Annual report of the Punjab Veterinary College and of the Civil Veterinary Department, Punjab - 1894-1908
Year: 1894
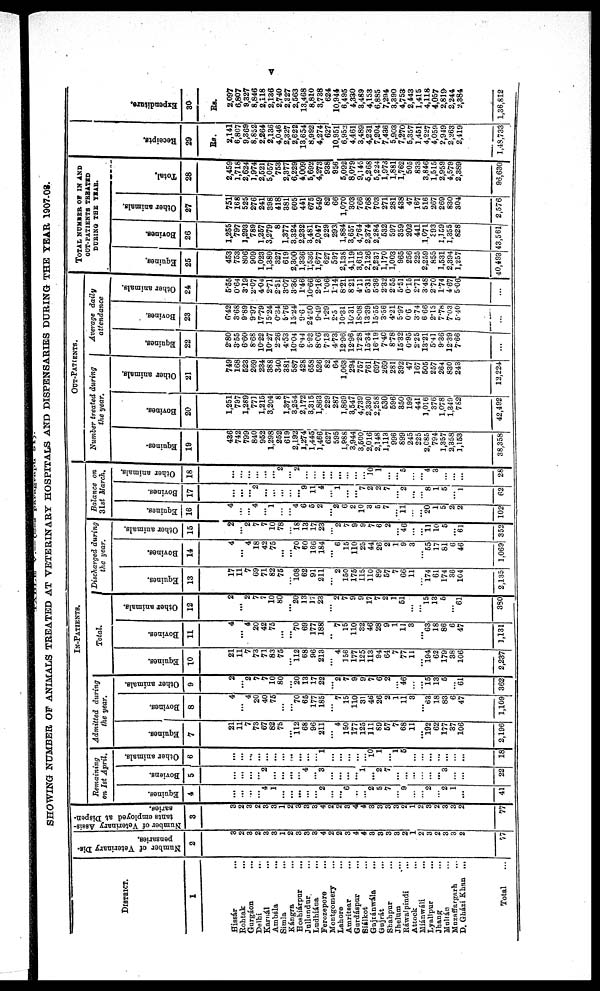
v
SHOWING NUMBER OF ANIMALS TREATED AT VETERINARY HOSPITALS AND DISPENSARIES DURING THE YEAR 1907-08.
DlSTRICT.
1
Hissár ...
Rohtak
...
Gurgáon ...
Delhi ...
Karnál ...
Ambála
...
Simla...
Kángra ...
Hoshárpur
...
Jullundur ...
Ludhiána
...
Ferozepore
...
Montgomery...
Lahore ...
Amritsar ...
Gurdáspur
...
Siálkot ...
Gujránwála
...
Gujrát
...
Shahpur
...
Jhelum
...
Ráwalpindi
...
Attock ...
Miánwáli
...
Lyallpur ...
Jhang
...
Multán ...
Muzaffargarh
...
D. Gházi Khan ...
Total ...
Number of Veterinary Dis-
pensaries.
2
3
2
3
2
3
3
1
2
3
3
3
4
2
2
3
4
4
3
3
3
3
2
1
2
3
2
3
3
2
77
Number of Veterinary Assis-
tants employed at Dispen-
saries.
3
3
2
3
2
3
3
1
2
3
3
3
4
2
2
3
4
4
3
3
3
3
2
1
2
3
2
3
3
2
77
IN-PATIENTS.
Remaining
on 1st April.
Equines.
4
...
...
...
...
4
1
...
...
...
...
...
2
...
...
6
...
...
2
5
7
...
9
...
...
2
...
2
1
...
41
Boviens.
5
...
...
...
...
2
...
...
...
...
4
...
3
...
...
...
...
1
...
2
7
...
...
...
...
...
...
3
...
...
22
Other animals.
6
...
...
...
...
...
...
...
...
...
...
...
1
...
...
...
...
...
10
1
...
1
5
...
...
...
...
...
...
...
18
Admitted during
the year.
Equines.
7
21
11
7
73
67
82
75
...
112
68
96
211
...
4
150
177
125
111
89
57
7
68
11
...
192
62
177
37
106
2,196
Bovines.
8
4
...
4
20
40
75
...
...
70
65
177
185
...
7
15
110
31
46
26
2
1
11
3
...
63
18
83
6
47
1,109
Other animals.
9
2
...
2
7
7
10
80
...
20
13
17
22
...
2
7
9
9
7
6
2
...
46
...
...
15
13
5
...
61
362
Total.
Equines.
10
21
11
7
73
71
83
75
...
112
68
96
213
...
4
156
177
125
113
94
64
7
77
11
...
194
62
179
38
106
2,237
Bovines.
11
4
...
4
20
42
75
...
...
70
69
177
188
...
7
15
110
32
46
28
9
1
11
3
...
63
18
86
6
47
1,131
Other animals.
12
2
...
2
7
7
10
80
...
20
13
17
23
...
2
7
9
9
17
7
2
1
51
...
...
15
13
6
...
61
380
Discharged during
the year.
Equines.
13
17
11
7
69
71
82
75
...
108
62
91
211
...
2
150
175
115
110
89
57
7
66
11
...
174
61
174
36
104
2,135
Bovines.
14
4
...
4
18
42
75
...
...
70
60
166
184
...
6
15
110
25
44
26
2
1
9
3
...
55
17
81
6
46
1,069
Other animals.
15
2
...
2
7
7
10
78
...
18
13
17
23
...
2
7
9
9
7
6
2
...
46
...
...
11
10
5
...
61
352
Balance on
31st March.
Equines.
16
4
...
...
4
...
1
...
...
4
6
5
2
...
2
6
2
10
3
5
7
...
11
...
...
20
1
5
2
2
102
Bovines.
17
...
...
...
2
...
...
...
...
...
9
11
4
...
1
...
...
7
2
2
7
...
2
...
...
8
1
5
...
1
62
Other animals.
18
...
...
...
...
...
...
2
...
2
...
...
...
...
...
...
...
...
10
1
...
...
5
...
...
4
3
...
...
28
OUT-PATIENTS.
Number treated during
the year.
Equines.
19
436
742
799
840
952
1,298
252
619
2,192
1,274
1,445
1,466
627
595
1,988
3,944
3,500
2,016
2,148
1,113
996
899
245
225
2,685
794
1,357
2,358
1,153
38,358
Bovines.
20
1,251
797
1,289
771
1,215
3,204
8
1,377
3,254
2,172
3,315
1,863
229
287
1,869
3,547
4,739
2,330
2,258
530
596
350
199
441
1,016
376
1,078
1,340
762
42,492
Other animals.
21
749
168
523
269
234
388
340
381
587
428
658
526
82
64
1,063
294
757
761
697
269
281
392
47
167
505
257
264
830
243
12,224
Average daily
attendance
Equines.
22
2.80
3.55
6.60
8.68
10.22
10.27
2.26
4.53
10.04
6.44
5.93
8.06
7.13
4.73
12.96
12.96
17.28
15.34
16.19
7.40
8.78
15.32
0.95
2.25
13.21
5.41
9.36
12.39
7.66
...
Bovines.
23
6.42
3.68
9.89
9.97
17.79
15.24
0.34
5.76
15.24
9.6
24.50
9.49
1.29
2.5
10.31
10.31
18.08
13.39
15.55
3.56
4.21
5.97
0.6
3.74
6.66
2.15
7.78
7.03
5.40
...
Other animals.
24
5.55
0.64
3.19
2.07
4.04
2.71
2.51
3.07
3.36
1.46
10.66
2.16
1.06
1.14
8.21
8.21
4.11
5.31
5.36
2.32
2.55
5.51
0.15
2.71
3.48
2.70
1.74
4.67
5.06
...
TOTAL NUMBER OF IN AND
ODT-PATIENTS TREATED
DURING THE YEAR.
Equines.
25
453
753
806
909
1,023
1,380
327
619
2,300
1,336
1,536
1,677
627
597
2,138
4,119
3,615
2,126
2,237
1,170
1,003
965
256
225
2,259
855
1,531
2,394
1,257
40,493
Bovines.
26
1,255
797
1,293
789
1,257
3,279
8
1,377
3,324
2,232
3,481
2,047
229
293
1,884
3,657
4,764
2,374
2,284
532
597
359
202
441
1,071
393
1,159
1,355
828
43,561
Other animals.
27
751
168
525
276
241
398
418
381
605
441
675
549
82
66
1,070
303
766
768
703
271
281
438
47
167
516
267
269
830
304
2,576
Total.
28
2,459
1,718
2,624
1,974
2,521
5,057
753
2,377
6,229
4,009
5,692
4,273
938
956
5,092
8,079
9,145
5,268
5,224
1,973
1,881
1,762
505
833
3,846
1,515
2,959
4,579
2,389
96,630
Receipts.
29
Rs.
2,141
6,807
9,369
8,852
2,264
2,136
4,046
2,327
2,622
13,654
8,992
4,274
627
10,951
6,952
4,461
3,489
4,231
7,204
7,436
5,903
7,270
5,357
1,451
4,227
4,059
2,949
2,263
2,419
1,48,733
Expenditure.
30
Rs.
2,097
6,807
9,327
8,846
2,118
2,136
2,740
2,327
2,563
13,468
8,810
3,738
624
10,944
6,495
4,330
3,489
4,153
6,885
7,294
3,390
4,753
2,443
1,415
4,118
4,057
2,819
2,244
2,384
1,36,812